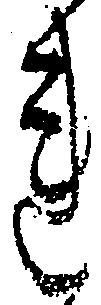
れ